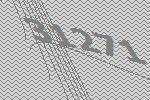
31271